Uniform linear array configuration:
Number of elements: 64
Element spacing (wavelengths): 0.25
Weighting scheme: binomial
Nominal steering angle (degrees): -30
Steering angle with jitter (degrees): -31.658
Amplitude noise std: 0.05
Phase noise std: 0.05

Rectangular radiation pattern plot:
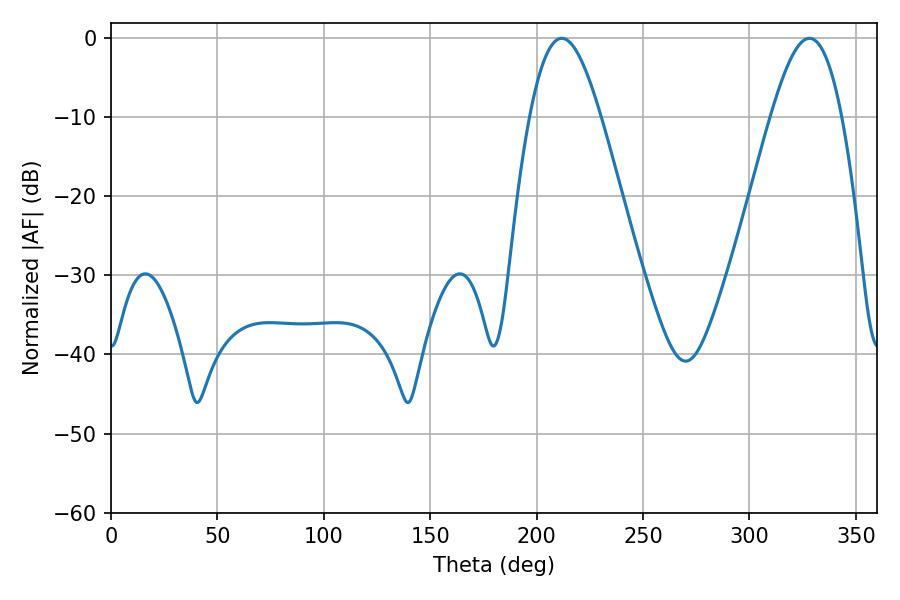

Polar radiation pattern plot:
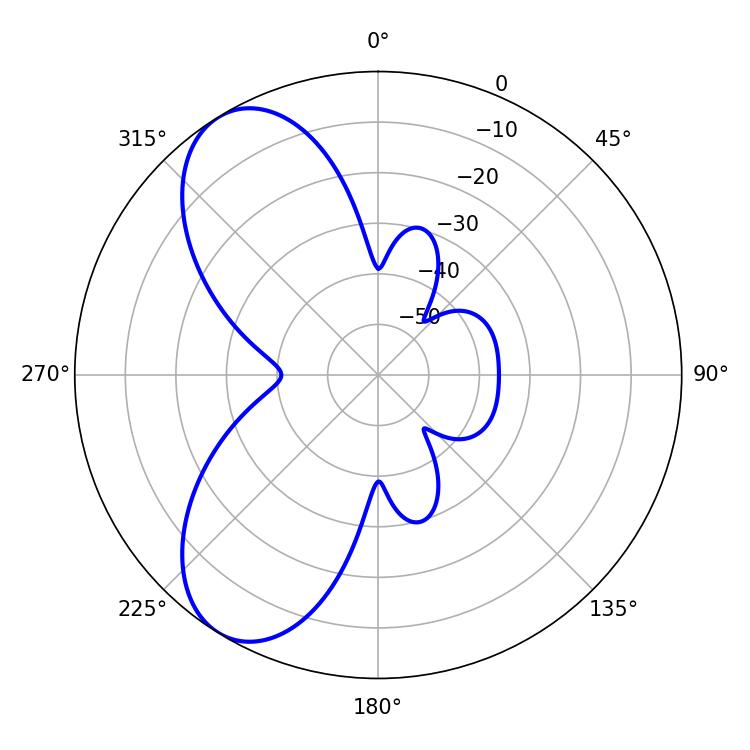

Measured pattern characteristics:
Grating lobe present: FALSE
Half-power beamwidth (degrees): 18
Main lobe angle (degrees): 211.86